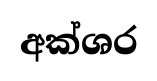
අක්ශර